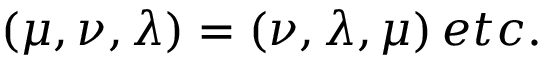
( \mu , \nu , \lambda ) = ( \nu , \lambda , \mu ) \, e t c .